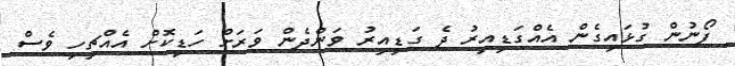
ފޯނުން ގުޅައިގެން އެއްގަޑިއިރު ދެ ގަޑިއިރު ވަންދެން ވަރަށް ހަޑިކޮށް އެއްޗިހި ވެސް